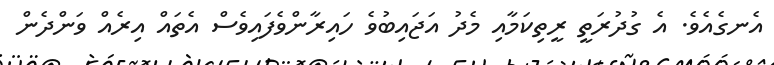
އެނގެއެވެ. އެ ގުދުރަތީ ރީތިކަމާއި މެދު އަޖައިބުވެ ހައިރާންވެފައިވެސް އެތައް އިރެއް ވަންދެން